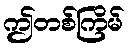
ဤတစ်ကြိမ်